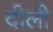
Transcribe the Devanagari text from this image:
दीली